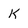
Character: K